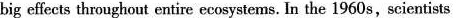
big effects thronghout entire ecosystems. In the 1960s, scientists